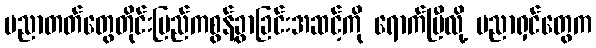
ပညာတတ်တွေတိုင်းပြည်ကစွန့်ခွာခြင်းအဆင့်ကို ရောက်ပြီလို့ ပညာရှင်တွေက